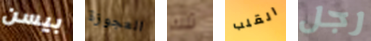
بيسن العجوزة تلك القلب رجل